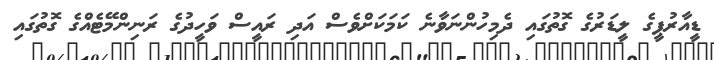
ޑީއާރުޕީގެ ލީޑަރުގެ ގޮތުގައި ދެމިހުންނަވާނެ ކަަމަކަށްވެސް އަދި ރައީސް ވަހީދުގެ ރަނިންމޭޓެއްގެ ގޮތުގައި